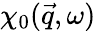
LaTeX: \chi_{0}(\vec{q},\omega)